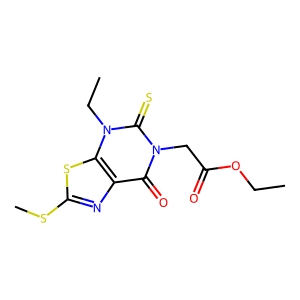
SMILES: CCOC(=O)Cn1c(=O)c2nc(SC)sc2n(CC)c1=S
Inhibits HIV replication: No